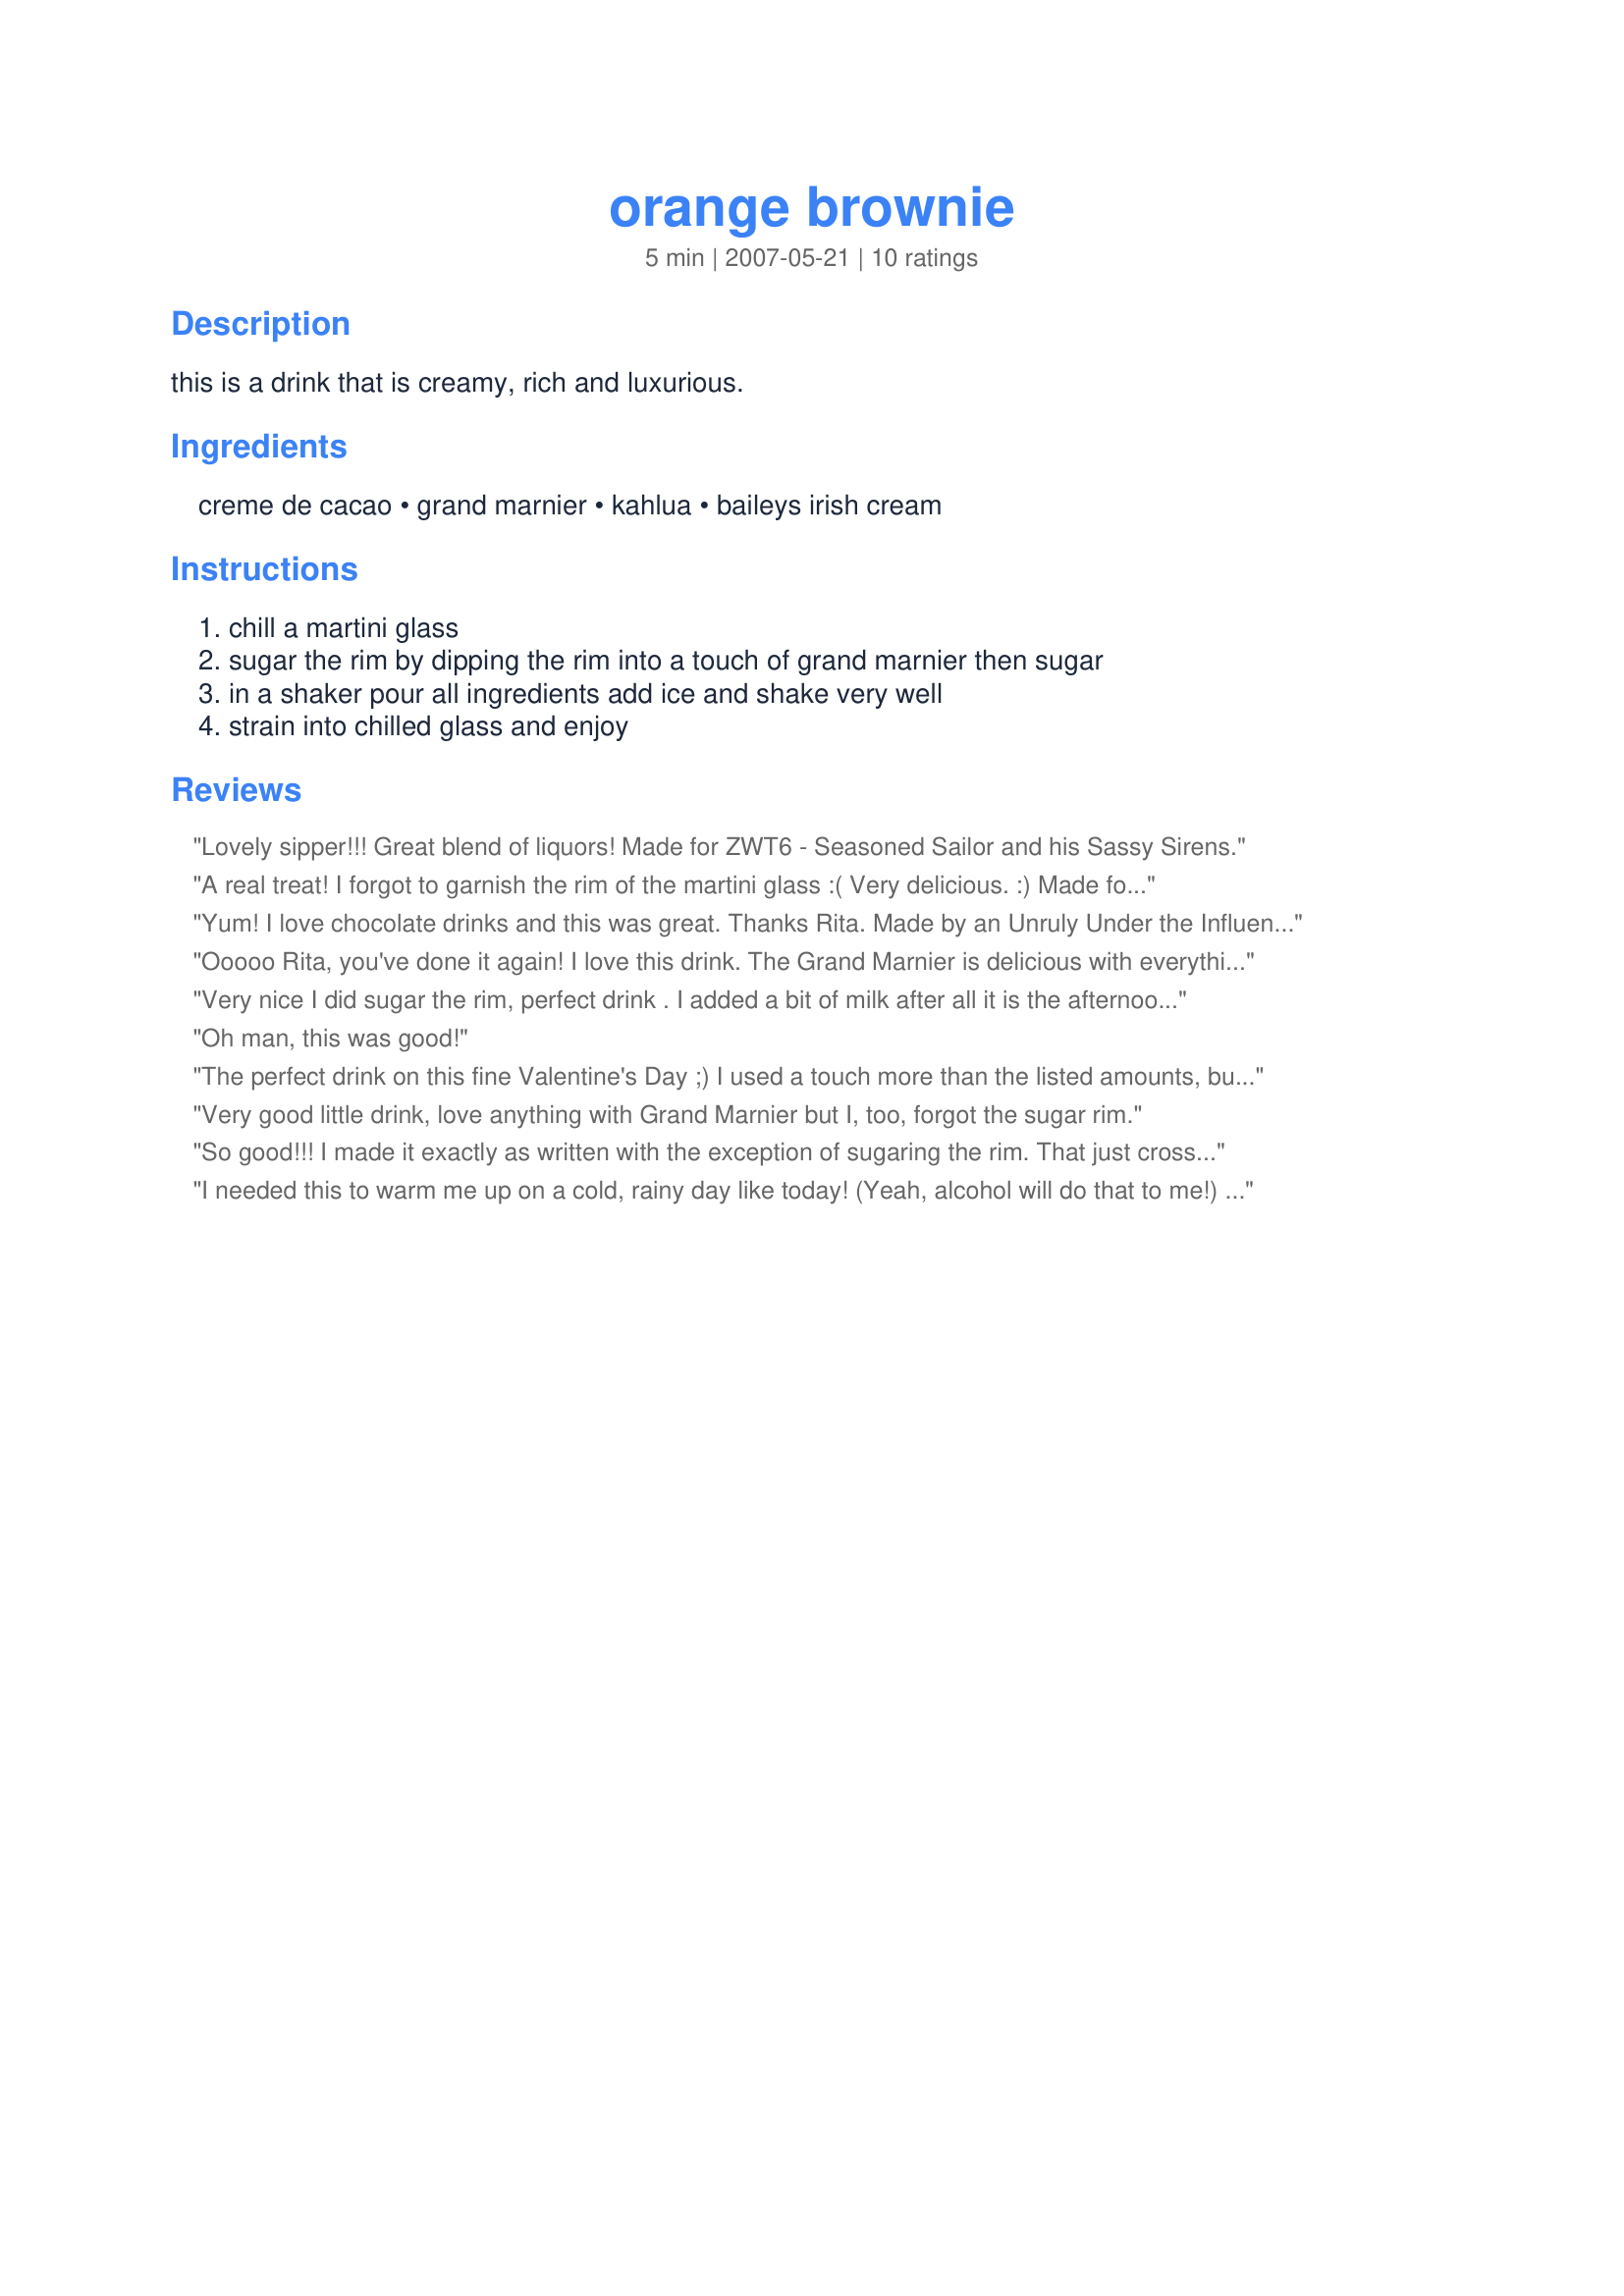
orange brownie
Preparation time: 5 minutes

this is a drink that is creamy, rich and luxurious.

Ingredients:
creme de cacao, grand marnier, kahlua, baileys irish cream

Steps:
chill a martini glass, sugar the rim by dipping the rim into a touch of grand marnier then sugar, in a shaker pour all ingredients add ice and shake very well, strain into chilled glass and enjoy

Reviews:
Lovely sipper!!! Great blend of liquors! Made for ZWT6 - Seasoned Sailor and his Sassy Sirens.
A real treat! I forgot to garnish the rim of the martini glass :( Very delicious. :) Made for ZWT 3
Yum! I love chocolate drinks and this was great. Thanks Rita. Made by an Unruly Under the Influence for ZWT6.
Ooooo Rita, you've done it again! I love this drink. The Grand Marnier is delicious with everything else. I skipped the sugared rim, personal preference ;)but this went down nice and smooth. Thanks for sharing another *keeper* Cheers ~V
Very nice I did sugar the rim, perfect drink . I added a bit of milk after all it is the afternoon lol. Made for World tour 8
Oh man, this was good!
The perfect drink on this fine Valentine's Day ;) I used a touch more than the listed amounts, but also added some milk since I didn't want all the alcohol to be too overpowering. It was fabulous before and after the milk. Thanks!
Very good little drink, love anything with Grand Marnier but I, too, forgot the sugar rim.
So good!!! I made it exactly as written with the exception of sugaring the rim. That just crossed the line into decadence... LOL! Thanks, Rita, for a wonderful cocktail recipe!
I needed this to warm me up on a cold, rainy day like today! (Yeah, alcohol will do that to me!) I like the combination and it was really good!
